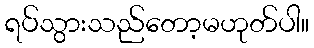
ရပ်သွားသည်တော့မဟုတ်ပါ။